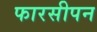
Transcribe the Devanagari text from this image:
फारसीपन